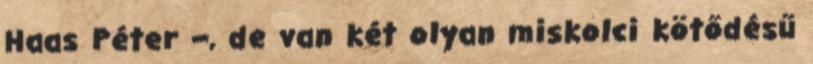
Haas Péter –, de van két olyan miskolci kötődésű